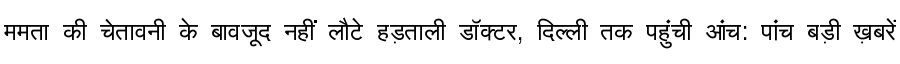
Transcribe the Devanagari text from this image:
ममता की चेतावनी के बावजूद नहीं लौटे हड़ताली डॉक्टर, दिल्ली तक पहुंची आंच: पांच बड़ी ख़बरें